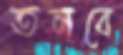
তলবে